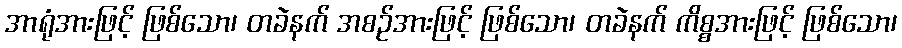
အာရုံအားဖြင့် ဖြစ်သော၊ တခဲနက် အစဉ်အားဖြင့် ဖြစ်သော၊ တခဲနက် ကိစ္စအားဖြင့် ဖြစ်သော၊